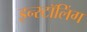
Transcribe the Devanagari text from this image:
इन्स्टॉलिंग